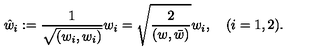
\hat { w } _ { i } : = \frac { 1 } { \sqrt { ( w _ { i } , w _ { i } ) } } w _ { i } = \sqrt { \frac { 2 } { ( w , \bar { w } ) } } w _ { i } , \quad ( i = 1 , 2 ) .